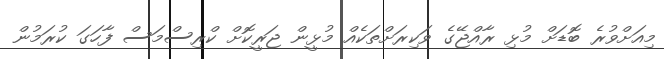
މިއަށްވުރެ ބޮޑަށް މުޅި ރާއްޖޭގެ ވަކިރަށްތަކެއް މުޅީން ޖަރީކޮށް ކްރިސްމަސް ފާހަގަ ކުރަމުން